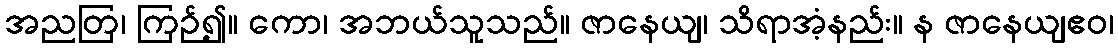
အညတြ၊ ကြဉ်၍။ ကော၊ အဘယ်သူသည်။ ဇာနေယျ၊ သိရာအံ့နည်း။ န ဇာနေယျဧဝ၊